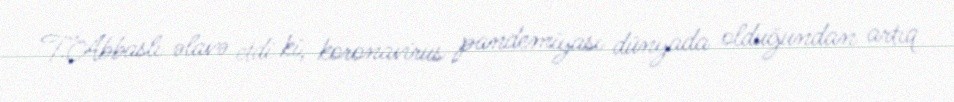
T.Abbaslı əlavə etdi ki, koronavirus pandemiyası dünyada olduğundan artıq